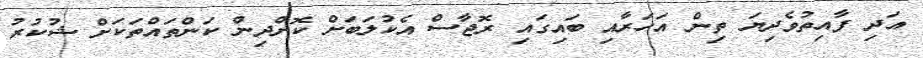
އަދި ފާއިތުވެދިޔަ ތިން އަހަރާއި ބައިގައި ރޮޖާސް އެކުލަބަށް ކޮށްދިން ކަންތައްތަކަށް ޝުކުރު